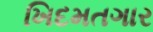
ખિદમતગાર